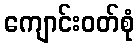
ကျောင်းဝတ်စုံ